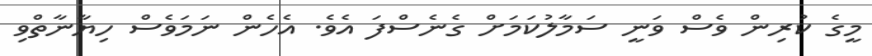
މީގެ ކުރިން ވެސް ވަނީ ސަމާލުކަމަށް ގެނެސްފަ އެވެ. އެހެން ނަމަވެސް ހިޔާނާތްވި